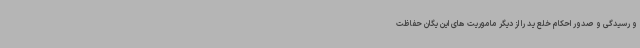
و رسیدگی و صدور احکام خلع ید را از دیگر ماموریت های این یگان حفاظت